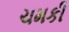
ચમકી